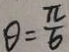
\theta = \frac { \pi } { 6 }